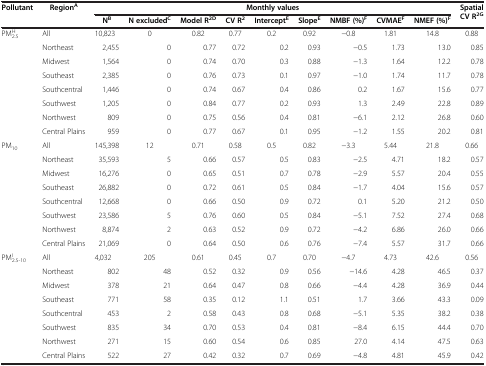
<table><thead><tr><td rowspan="2"><b>Pollutant</b></td><td rowspan="2"><b>Region<sup>A</sup></b></td><td colspan="9"><b>Monthly values</b></td><td rowspan="2"><b>Spatial CV R<sup>2</sup><sup>G</sup></b></td></tr><tr><td><b>N<sup>B</sup></b></td><td><b>N excluded<sup>C</sup></b></td><td><b>Model R<sup>2D</sup></b></td><td><b>CV R<sup>2</sup></b></td><td><b>Intercept<sup>E</sup></b></td><td><b>Slope<sup>E</sup></b></td><td><b>NMBF (%)<sup>F</sup></b></td><td><b>CVMAE<sup>F</sup></b></td><td><b>NMEF (%)<sup>F</sup></b></td></tr></thead><tbody><tr><td>PM<sub>2.5</sub><sup>H</sup></td><td>All</td><td>10,823</td><td>0</td><td>0.82</td><td>0.77</td><td>0.2</td><td>0.92</td><td>−0.8</td><td>1.81</td><td>14.8</td><td>0.88</td></tr><tr><td> </td><td>Northeast</td><td>2,455</td><td>0</td><td>0.77</td><td>0.72</td><td>0.2</td><td>0.93</td><td>−0.5</td><td>1.73</td><td>13.0</td><td>0.85</td></tr><tr><td> </td><td>Midwest</td><td>1,564</td><td>0</td><td>0.74</td><td>0.70</td><td>0.3</td><td>0.88</td><td>−1.3</td><td>1.64</td><td>12.2</td><td>0.78</td></tr><tr><td> </td><td>Southeast</td><td>2,385</td><td>0</td><td>0.76</td><td>0.73</td><td>0.1</td><td>0.97</td><td>−1.0</td><td>1.74</td><td>11.7</td><td>0.78</td></tr><tr><td> </td><td>Southcentral</td><td>1,446</td><td>0</td><td>0.74</td><td>0.67</td><td>0.4</td><td>0.86</td><td>0.2</td><td>1.67</td><td>15.6</td><td>0.77</td></tr><tr><td> </td><td>Southwest</td><td>1,205</td><td>0</td><td>0.84</td><td>0.77</td><td>0.2</td><td>0.93</td><td>1.3</td><td>2.49</td><td>22.8</td><td>0.89</td></tr><tr><td> </td><td>Northwest</td><td>809</td><td>0</td><td>0.75</td><td>0.56</td><td>0.4</td><td>0.81</td><td>−6.1</td><td>2.12</td><td>26.8</td><td>0.60</td></tr><tr><td> </td><td>Central Plains</td><td>959</td><td>0</td><td>0.77</td><td>0.67</td><td>0.1</td><td>0.95</td><td>−1.2</td><td>1.55</td><td>20.2</td><td>0.81</td></tr><tr><td>PM<sub>10</sub></td><td>All</td><td>145,398</td><td>12</td><td>0.71</td><td>0.58</td><td>0.5</td><td>0.82</td><td>−3.3</td><td>5.44</td><td>21.8</td><td>0.66</td></tr><tr><td> </td><td>Northeast</td><td>35,593</td><td>5</td><td>0.66</td><td>0.57</td><td>0.5</td><td>0.83</td><td>−2.5</td><td>4.71</td><td>18.2</td><td>0.57</td></tr><tr><td> </td><td>Midwest</td><td>16,276</td><td>0</td><td>0.65</td><td>0.51</td><td>0.7</td><td>0.78</td><td>−2.9</td><td>5.57</td><td>20.4</td><td>0.55</td></tr><tr><td> </td><td>Southeast</td><td>26,882</td><td>0</td><td>0.72</td><td>0.61</td><td>0.5</td><td>0.84</td><td>−1.7</td><td>4.04</td><td>15.6</td><td>0.57</td></tr><tr><td> </td><td>Southcentral</td><td>12,668</td><td>0</td><td>0.66</td><td>0.50</td><td>0.9</td><td>0.72</td><td>0.1</td><td>5.20</td><td>21.2</td><td>0.50</td></tr><tr><td> </td><td>Southwest</td><td>23,586</td><td>5</td><td>0.76</td><td>0.60</td><td>0.5</td><td>0.84</td><td>−5.1</td><td>7.52</td><td>27.4</td><td>0.68</td></tr><tr><td> </td><td>Northwest</td><td>8,874</td><td>2</td><td>0.63</td><td>0.52</td><td>0.9</td><td>0.72</td><td>−4.2</td><td>6.86</td><td>26.0</td><td>0.66</td></tr><tr><td> </td><td>Central Plains</td><td>21,069</td><td>0</td><td>0.64</td><td>0.50</td><td>0.6</td><td>0.76</td><td>−7.4</td><td>5.57</td><td>31.7</td><td>0.66</td></tr><tr><td>PM<sub>2.5-10</sub><sup>I</sup></td><td>All</td><td>4,032</td><td>205</td><td>0.61</td><td>0.45</td><td>0.7</td><td>0.70</td><td>−4.7</td><td>4.73</td><td>42.6</td><td>0.56</td></tr><tr><td> </td><td>Northeast</td><td>802</td><td>48</td><td>0.52</td><td>0.32</td><td>0.9</td><td>0.56</td><td>−14.6</td><td>4.28</td><td>46.5</td><td>0.37</td></tr><tr><td> </td><td>Midwest</td><td>378</td><td>21</td><td>0.64</td><td>0.47</td><td>0.8</td><td>0.66</td><td>−4.4</td><td>4.28</td><td>36.9</td><td>0.44</td></tr><tr><td> </td><td>Southeast</td><td>771</td><td>58</td><td>0.35</td><td>0.12</td><td>1.1</td><td>0.51</td><td>1.7</td><td>3.66</td><td>43.3</td><td>0.09</td></tr><tr><td> </td><td>Southcentral</td><td>453</td><td>2</td><td>0.58</td><td>0.43</td><td>0.8</td><td>0.68</td><td>−5.1</td><td>5.35</td><td>38.2</td><td>0.38</td></tr><tr><td> </td><td>Southwest</td><td>835</td><td>34</td><td>0.70</td><td>0.53</td><td>0.4</td><td>0.81</td><td>−8.4</td><td>6.15</td><td>44.4</td><td>0.70</td></tr><tr><td> </td><td>Northwest</td><td>271</td><td>15</td><td>0.60</td><td>0.54</td><td>0.6</td><td>0.85</td><td>27.0</td><td>4.14</td><td>47.5</td><td>0.63</td></tr><tr><td> </td><td>Central Plains</td><td>522</td><td>27</td><td>0.42</td><td>0.32</td><td>0.7</td><td>0.69</td><td>−4.8</td><td>4.81</td><td>45.9</td><td>0.42</td></tr></tbody></table>